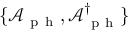
\{ \mathcal { A } _ { \mathrm { ~ p ~ h ~ } } , \mathcal { A } _ { \mathrm { ~ p ~ h ~ } } ^ { \dagger } \}